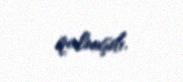
qalmışdı.